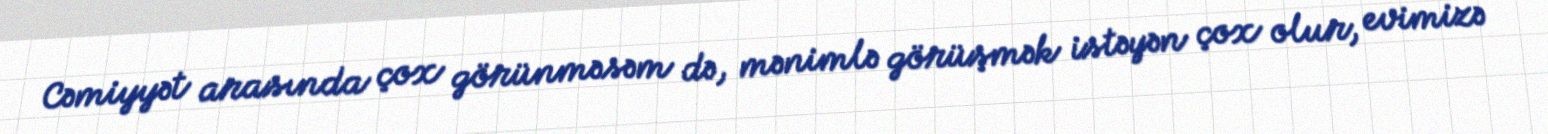
Cəmiyyət arasında çox görünməsəm də, mənimlə görüşmək istəyən çox olur, evimizə